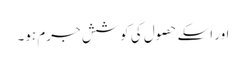
اور اسکے حصول کی کوشش جرم ہو۔